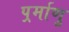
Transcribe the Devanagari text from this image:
पर्र्माणु